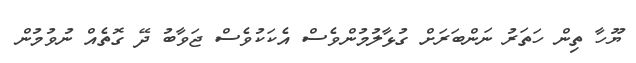
ޔޫހާ ތިން ހަތަރު ނަންބަރަށް ގުޅާލުމުންވެސް އެކަކުވެސް ޖަވާބު ދޭ ގޮތެއް ނުވުމުން